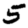
Digit: 5